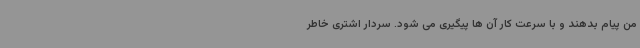
من پیام بدهند و با سرعت کار آن ها پیگیری می شود. سردار اشتری خاطر